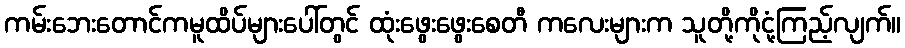
ကမ်းဘေးတောင်ကမူထိပ်များပေါ်တွင် ထုံးဖွေးဖွေးစေတီ ကလေးများက သူတို့ကိုငုံ့ကြည့်လျက်။